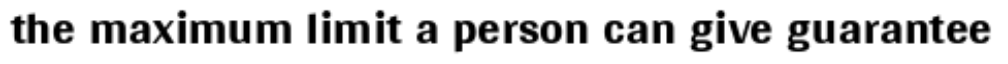
the maximum limit a person can give guarantee